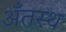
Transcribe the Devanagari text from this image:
अँतस्थ